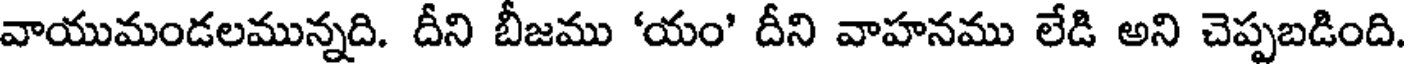
వాయుమండలమున్నది. దీని బీజము 'యం' దీని వాహనము లేడి అని చెప్పబడింది.